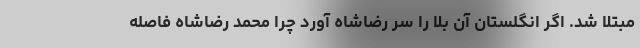
مبتلا شد. اگر انگلستان آن بلا را سر رضاشاه آورد چرا محمد رضاشاه فاصله